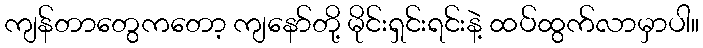
ကျန်တာတွေကတော့ ကျနော်တို့ မိုင်းရှင်းရင်းနဲ့ ထပ်ထွက်လာမှာပါ။